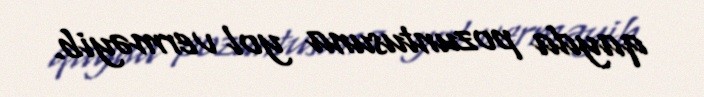
qayda pozuntusuna yol verməyib.